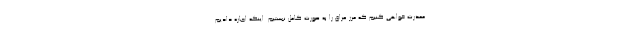
معذرت خواهی کنیم که مرز عراق را به صورت کامل نبستیم. اینکه اجازه دادیم